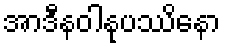
အာဒီနဝါနုပဿိနော